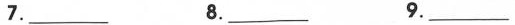
7.___ 8.___ 9.___